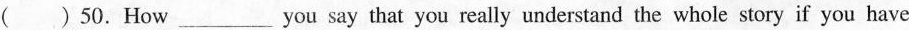
( ) 50.How_ you say that you really understand the whole story if you have